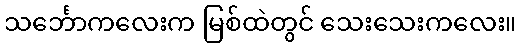
သင်္ဘောကလေးက မြစ်ထဲတွင် သေးသေးကလေး။